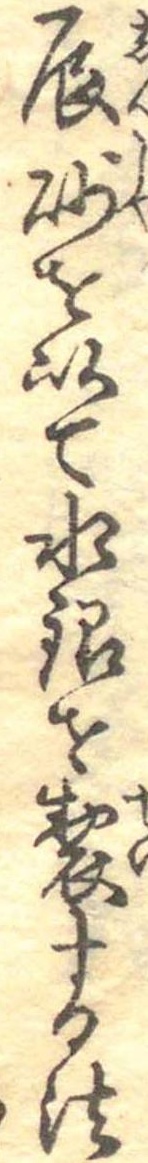
辰砂を以て水銀を製する法